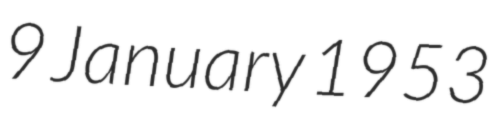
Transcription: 9 January 1953